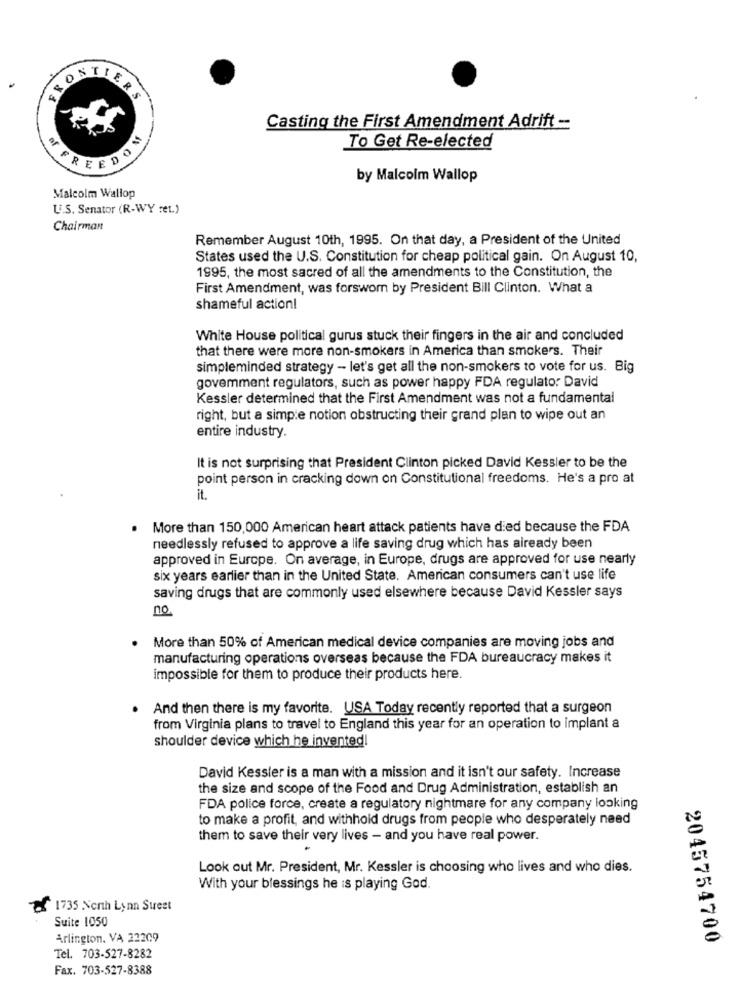
ONTI
FRONTIER
ERS
Casting the First Amendment Adrift -
To Get Re-elected
W FREEDOS
by Malcolm Wallop
Malcolm Wallop
U.S. Senator (R-WY ret.)
Chairman
Remember August 10th, 1995. On that day, a President of the United
States used the U.S. Constitution for cheap political gain. On August 10,
1995, the most sacred of all the amendments to the Constitution, the
First Amendment, was forsworn by President Bill Clinton. What a
shameful action!
White House political gurus stuck their fingers in the air and concluded
that there were more non-smokers in America than smokers. Their
simpleminded strategy - let's get all the non-smokers to vote for us. Big
govemment regulators, such as power happy FDA regulator David
Kessler determined that the First Amendment was not a fundamental
right, but a simple notion obstructing their grand plan to wipe out an
entire industry.
It is not surprising that President Clinton picked David Kessler to be the
point person in cracking down on Constitutional freedoms. He's a pro at
it.
. More than 150,000 American heart attack patients have died because the FDA
needlessly refused to approve a life saving drug which has already been
approved in Europe. On average, in Europe, drugs are approved for use nearly
six years earlier than in the United State. American consumers can't use life
saving drugs that are commonly used elsewhere because David Kessler says
no
More than 50% of American medical device companies are moving jobs and
manufacturing operations overseas because the FDA bureaucracy makes it
impossible for them to produce their products here.
And then there is my favorite. USA Today recently reported that a surgeon
from Virginia plans to travel to England this year for an operation to implant a
shoulder device which he invented!
David Kessler is a man with a mission and it isn't our safety. Increase
the size and scope of the Food and Drug Administration, establish an
FDA police force, create a regulatory nightmare for any company looking
to make a profit, and withhold drugs from people who desperately need
them to save their very lives - and you have real power.
Look out Mr. President, Mr. Kessler is choosing who lives and who dies.
With your blessings he is playing God.
£ 1735 North Lynn Street
Suite 1050
Arlington. VA 22209
2045754700
Tel. 703-527-8282
Fax. 703-527-8388